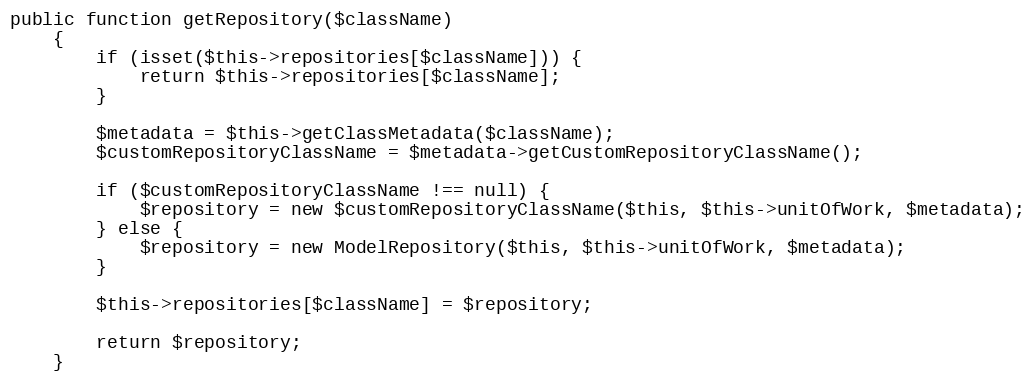
Language: PHP
public function getRepository($className)
    {
        if (isset($this->repositories[$className])) {
            return $this->repositories[$className];
        }

        $metadata = $this->getClassMetadata($className);
        $customRepositoryClassName = $metadata->getCustomRepositoryClassName();

        if ($customRepositoryClassName !== null) {
            $repository = new $customRepositoryClassName($this, $this->unitOfWork, $metadata);
        } else {
            $repository = new ModelRepository($this, $this->unitOfWork, $metadata);
        }

        $this->repositories[$className] = $repository;

        return $repository;
    }